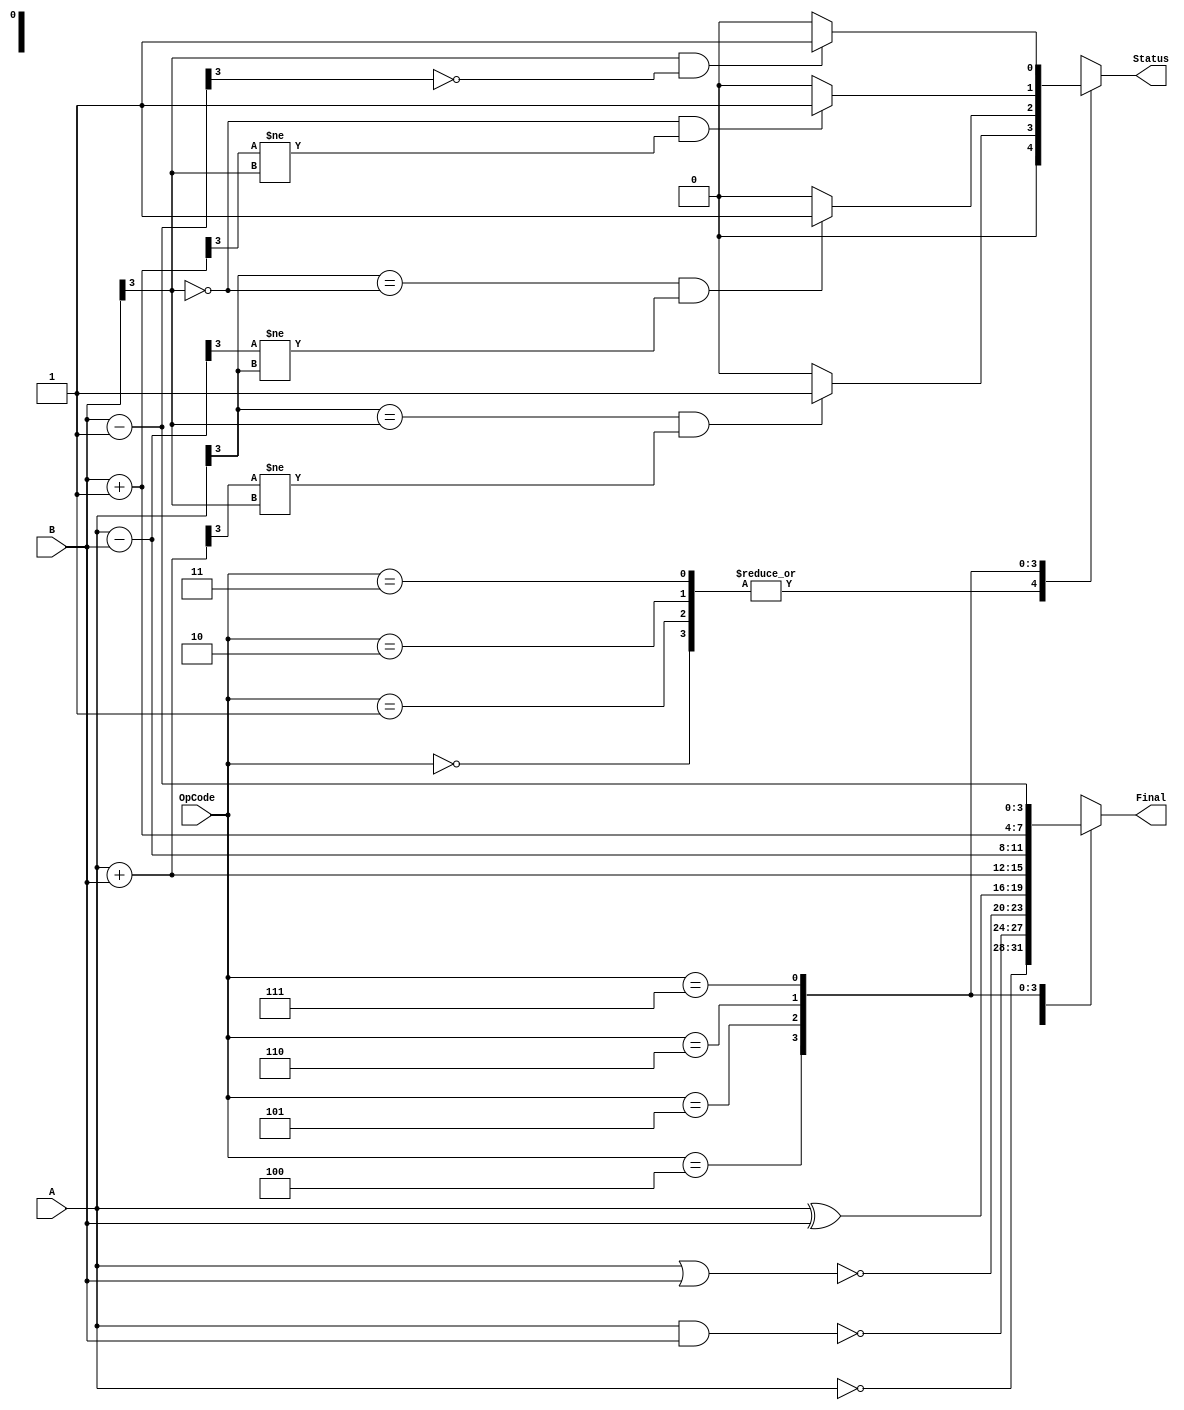
module Problem3(
    input [2:0] OpCode,
    input [3:0] A,
    input [3:0] B,
    output reg [3:0] Final,
    output reg Status
    );

always @ (A or B or OpCode)

begin
	Status = 0;
	case (OpCode)
		3'b000:	begin
				Final = ~A;
				end
		3'b001:	begin
				Final = ~(A&B);
				end
		3'b010:	begin
				Final = ~(A|B);
				end
		3'b011: begin
				Final = A ^ B;
				end
		3'b100:	begin
				Final = A + B;
				if  (A[3] == B[3] && Final[3] != B[3])
                    Status = 1;
				end
		3'b101:	begin
				Final = A - B;
				if (A[3] == (B[3] ^ 1) && Final[3] != A[3])
					Status = 1;
				end
		3'b110:	begin
				Final = B + 4'b0001;
				if (0 == B[3] && Final[3] != B[3])
					Status = 1;				
				end
		3'b111:	begin
				Final = B - 4'b0001;
				//1 usually used for subtraction
				if (1 == B[3] && Final[3] != 1 )
					Status = 1;
				end
	endcase	
		
		
end
endmodule